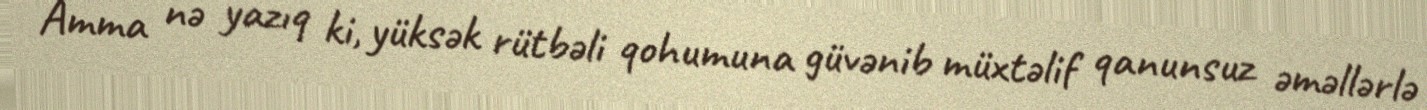
Amma nə yazıq ki, yüksək rütbəli qohumuna güvənib müxtəlif qanunsuz əməllərlə